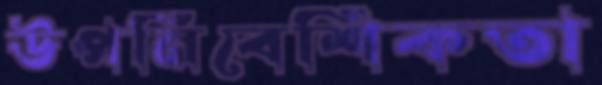
উপনিবেশিকতা